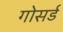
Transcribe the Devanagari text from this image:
गोसर्ड